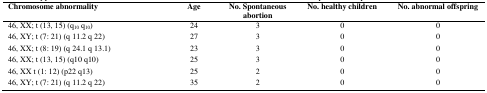
<table><thead><tr><td><b>Chromosome abnormality</b></td><td><b>Age</b></td><td><b>No. Spontaneous abortion</b></td><td><b>No. healthy children</b></td><td><b>No. abnormal offspring</b></td></tr></thead><tbody><tr><td>46, XX; t (13, 15) (q<sub>10</sub> q<sub>10</sub>)</td><td>24</td><td>3</td><td>0</td><td>0</td></tr><tr><td>46, XY; t (7: 21) (q 11.2 q 22) </td><td>27</td><td>3</td><td>0</td><td>0</td></tr><tr><td>46, XX; t (8: 19) (q 24.1 q 13.1)</td><td>23</td><td>3</td><td>0</td><td>0</td></tr><tr><td>46, XX; t (13, 15) (q10 q10)</td><td>25</td><td>3</td><td>0</td><td>0</td></tr><tr><td>46, XX t (1: 12) (p22 q13)</td><td>25</td><td>2</td><td>0</td><td>0</td></tr><tr><td>46, XY; t (7: 21) (q 11.2 q 22)</td><td>35</td><td>2</td><td>0</td><td>0</td></tr></tbody></table>